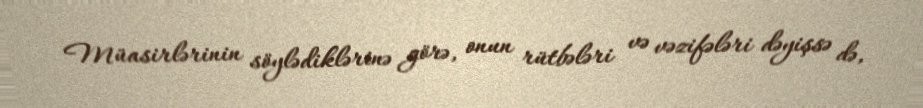
Müasirlərinin söylədiklərinə görə, onun rütbələri və vəzifələri dəyişsə də,